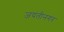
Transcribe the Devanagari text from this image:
जयंतीनगर